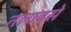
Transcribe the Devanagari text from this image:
तलावसे